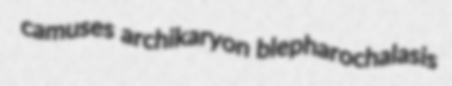
camuses archikaryon blepharochalasis